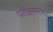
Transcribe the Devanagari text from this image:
परीक्षास्तर